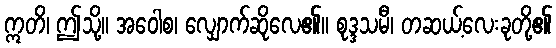
ဣတိ၊ ဤသို့။ အဝေါစ၊ လျှောက်ဆိုလေ၏။ စုဒ္ဒသမီ၊ တဆယ့်လေးခုတို့၏